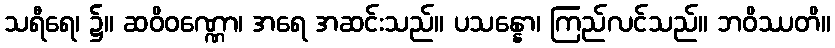
သရီရေ၊ ၌။ ဆဝိဝဏ္ဏော၊ အရေ အဆင်းသည်။ ပသန္နော၊ ကြည်လင်သည်။ ဘဝိဿတိ။